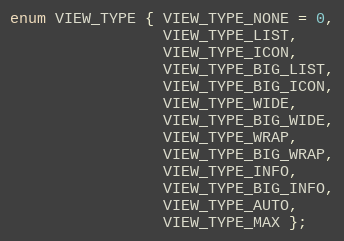
Language: C
enum VIEW_TYPE { VIEW_TYPE_NONE = 0,
                 VIEW_TYPE_LIST,
                 VIEW_TYPE_ICON,
                 VIEW_TYPE_BIG_LIST,
                 VIEW_TYPE_BIG_ICON,
                 VIEW_TYPE_WIDE,
                 VIEW_TYPE_BIG_WIDE,
                 VIEW_TYPE_WRAP,
                 VIEW_TYPE_BIG_WRAP,
                 VIEW_TYPE_INFO,
                 VIEW_TYPE_BIG_INFO,
                 VIEW_TYPE_AUTO,
                 VIEW_TYPE_MAX };